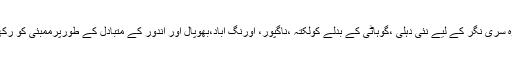
ممبئی ،دہلی،کولکتہ ،احمد آباد،بنگلور،چنئی اور حیدرآباد کے علاوہ سری نگر کے لیے نئی دہلی ،گوہاٹی کے بدلے کولکتہ ،ناگپور، اورنگ آباد،بھوپال اور اندور کے متبادل کے طورپرممبئی کو رکھا گیا ہے جبکہ بنارس کے عاز مین حج لکھنؤ سے جاسکتے ہیں ۔